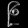
Digit: ၉